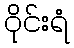
ဝိုင်းရံ